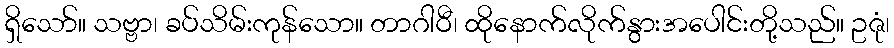
ရှိသော်။ သဗ္ဗာ၊ ခပ်သိမ်းကုန်သော။ တာဂါဝီ၊ ထိုနောက်လိုက်နွားအပေါင်းတို့သည်။ ဥဇုံ၊